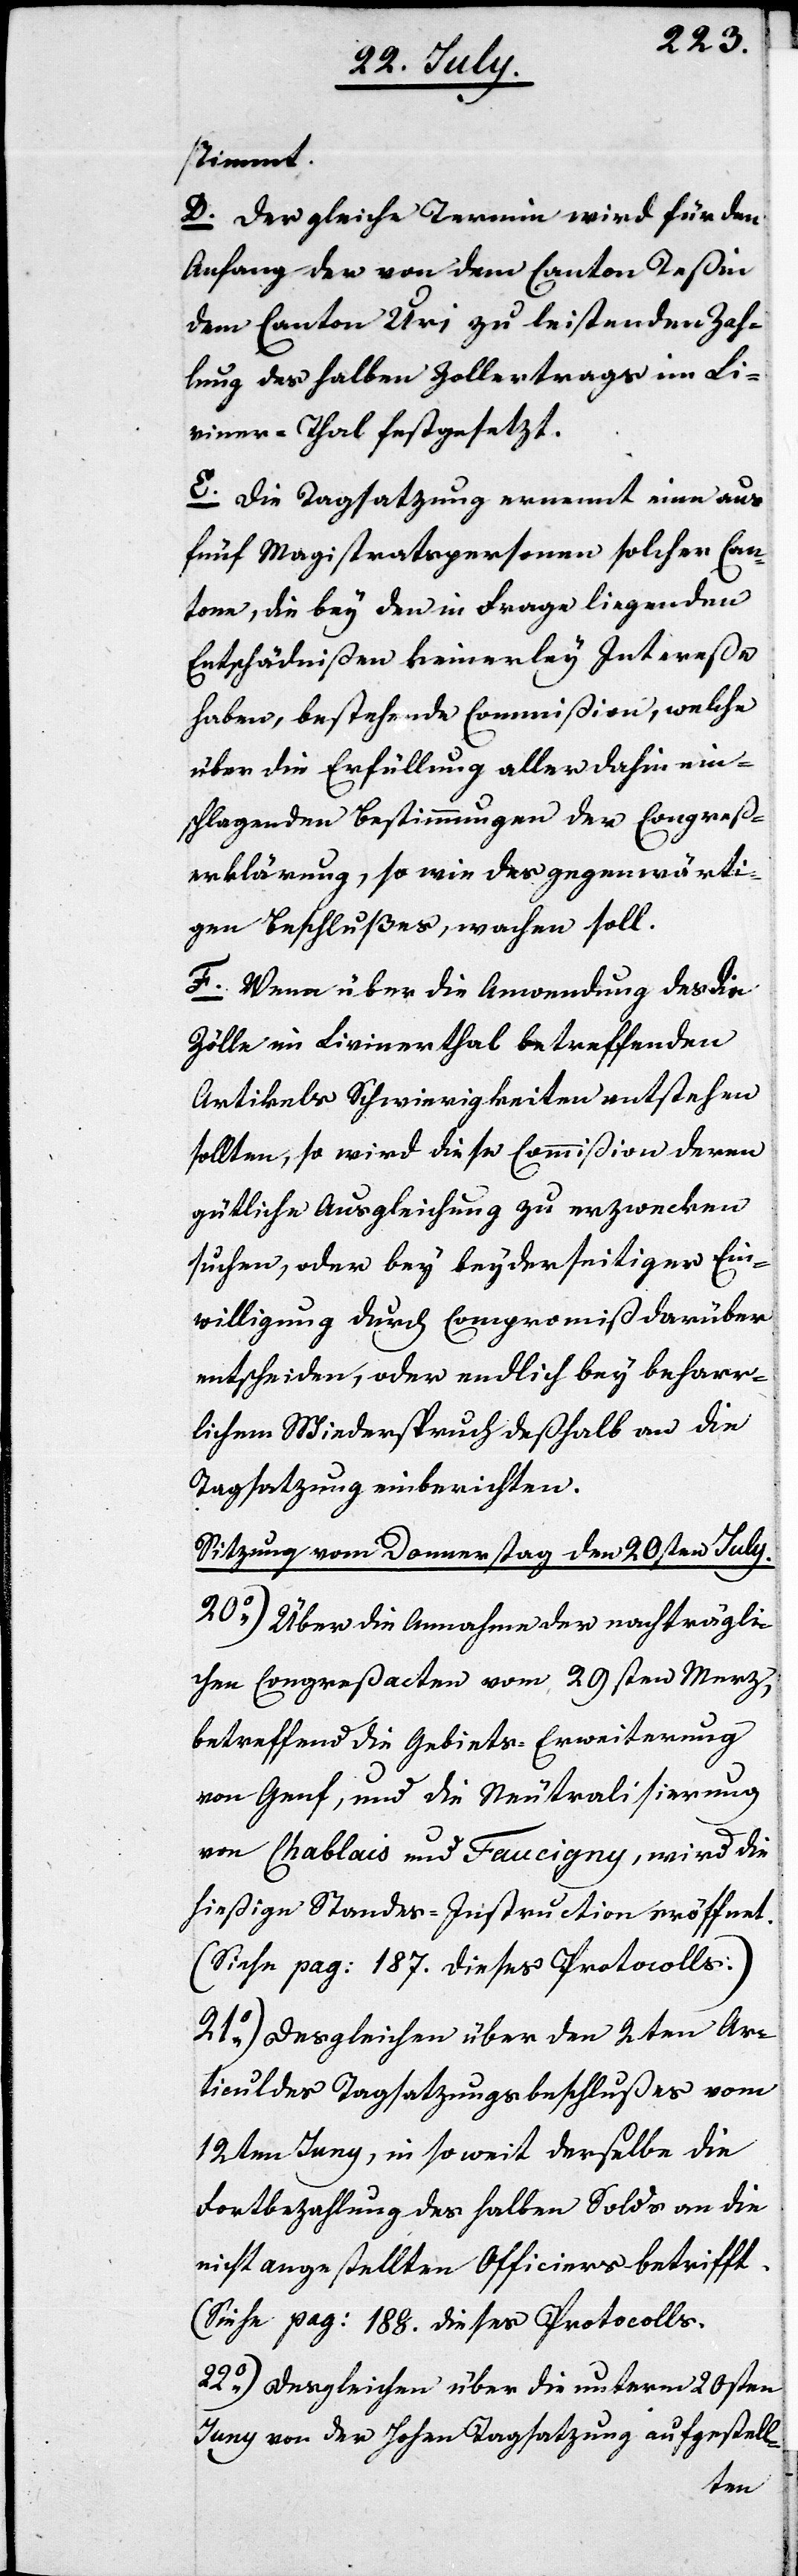
bestimmt.
d. Der gleiche Termin wird für den
Anfang der von dem Canton Teßin
dem Canton Uri zu leistenden Zah¬
lungen des halben Zollertrags im Li¬
viner-Thal festgesetzt.
e. Die Tagatzung ernennt eine aus
fünf Magistratspersonen solcher Can¬
tone, die bey den in Frage liegenden
Entschädnißen keinerley Intereße
haben, bestehende Commißion, welche
über die Erfüllung aller dahin ein¬
schlagenden Bestimmungen der Congreß¬
erklärung, so wie des gegenwärti¬
gen Beschlußes, wachen soll.
f. Wenn über die Anordnung des die
Zölle im Livinenthal betreffenden
Artikels Schwierigkeiten entstehen
sollten, so wird diese Commißion deren
gütliche Ausgleichung zu erzwecken
suchen, oder bey beyderseitiger Ein¬
willigung durch Compromiß darüber
entscheiden, oder endlich bey beharr¬
lichem Wiederspruch deßhalb an die
Tagsatzung einberichten.
Sitzung vom Donnerstag den 20sten July.
20.) Über die Annahme der nachträgli¬
chen Congreßacten vom 29sten Merz,
betreffend die Gebiets-Erweiterung
von Genf, und die Neutralisierung
von Chablais und Faucigny, wird die
hießige Standes-Instruction eröffnet.
(Siehe pag. 187. dieses Protocolls.)
21.) Desgleichen über den 2ten Ar¬
ticul des Tagsatzungsbeschlußes vom
12ten Juny, in so weit derselbe die
Fortbezahlung des halben Solds an die
nicht angestellten Officiers betrifft.
(Siehe pag. 188. dieses Protocolls.)
22.) Desgleichen über die unterm 20sten
Juny von der Hohen Tagsatzung aufgestell-